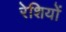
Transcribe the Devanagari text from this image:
रेशियों